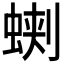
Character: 𧌥